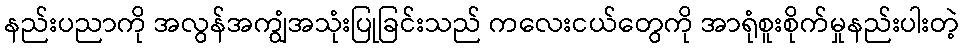
နည်းပညာကို အလွန်အကျွံအသုံးပြုခြင်းသည် ကလေးငယ်တွေကို အာရုံစူးစိုက်မှုနည်းပါးတဲ့